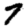
Digit: 7